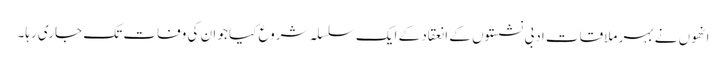
انھوں نے بہر ملاقات ادبی نشستوں کے انعقاد کے ایک سلسلہ شروع کیا جو ان کی وفات تک جاری رہا۔